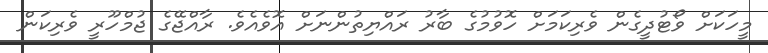
މީހަކަށް ވޯޓުދީގެން ވެރިކަމަށް ހޮވުމުގެ ބާރު ރައްޔިތުންނަށް އޮވެއެވެ. ރާއްޖޭގެ ޖުމްހޫރީ ވެރިކަން